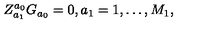
Z _ { a _ { 1 } } ^ { a _ { 0 } } G _ { a _ { 0 } } = 0 , a _ { 1 } = 1 , \ldots , M _ { 1 } ,